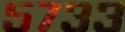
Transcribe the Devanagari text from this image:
५७३३